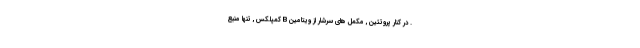
. در کنار پروتئین , مکمل های سرشار از ویتامین B کمپلکس , تنها منبع